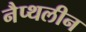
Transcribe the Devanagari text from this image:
नैप्थलीन